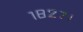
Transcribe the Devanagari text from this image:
१८२७।